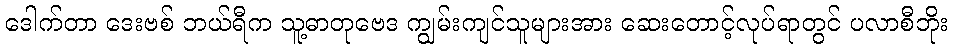
ဒေါက်တာ ဒေးဗစ် ဘယ်ရီက သူ့ဓာတုဗေဒ ကျွမ်းကျင်သူများအား ဆေးတောင့်လုပ်ရာတွင် ပလာစီဘိုး